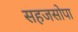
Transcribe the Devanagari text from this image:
सहजसोपा